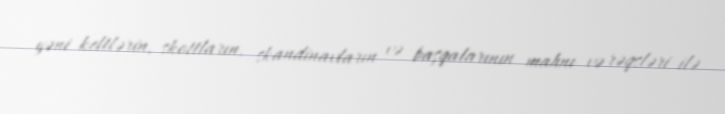
yəni keltlərin, skottların, skandinavların və başqalarının mahnı və rəqsləri ilə